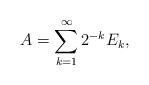
LaTeX: \begin{align*}A = \sum_{k=1}^{\infty}2^{-k}E_k,\end{align*}